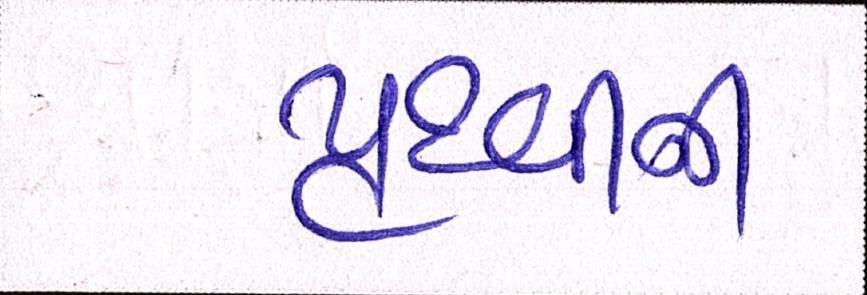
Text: પૃથ્વીની